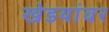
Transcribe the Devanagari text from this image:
खेडयांवर